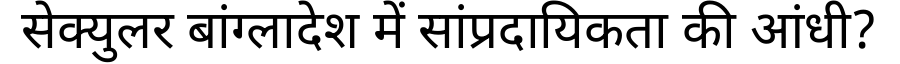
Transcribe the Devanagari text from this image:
सेक्युलर बांग्लादेश में सांप्रदायिकता की आंधी?